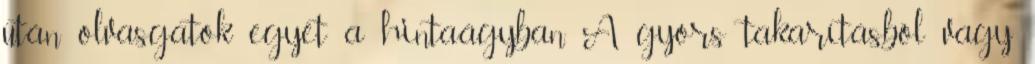
után olvasgatok egyet a hintaágyban. A gyors takarításból vagy